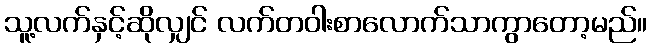
သူ့လက်နှင့်ဆိုလျှင် လက်တဝါးစာလောက်သာကွာတော့မည်။